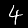
Label: 4